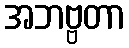
အဘဗ္ဗတာ